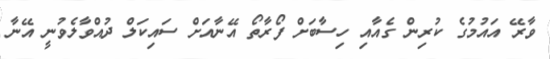
ވާރޭ އައުމުގެ ކުރިން ގެއާއި ހިސާބަށް ފޯރާތޯ އޭނާއަށް ސައިކަލް ދުއްވާލެވުނީ އޭނާ